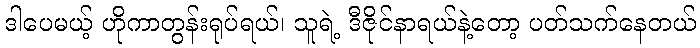
ဒါပေမယ့် ဟိုကာတွန်းရုပ်ရယ်၊ သူရဲ့ ဒီဇိုင်နာရယ်နဲ့တော့ ပတ်သက်နေတယ်